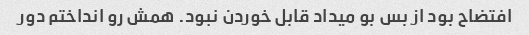
افتضاح بود از بس بو میداد قابل خوردن نبود. همش رو انداختم دور